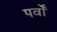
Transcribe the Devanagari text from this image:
पर्वोँ